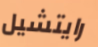
رايتشيل